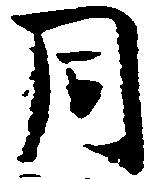
同